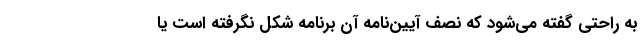
به راحتی گفته می‌شود که نصف آیین‌نامه آن برنامه شکل نگرفته است یا